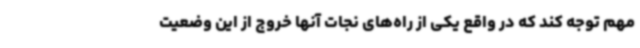
مهم توجه کند که در واقع یکی از راه‌های نجات آنها خروج از این وضعیت